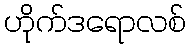
ဟိုက်ဒရောလစ်